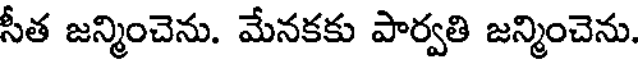
సీత జన్మించెను. మేనకకు పార్వతి జన్మించెను.